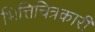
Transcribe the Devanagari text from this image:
भित्तिचित्रकारी